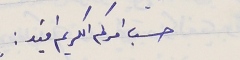
حسب امركم الكريم افيد :